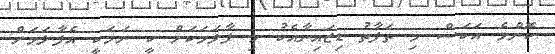
ކޮންމެ އަކަސް މި ތަފާތު ޑިޒައިނާއެކު މި ފާލަމަކަށް ކީ ނަމަކީ އެފާލަމަށް